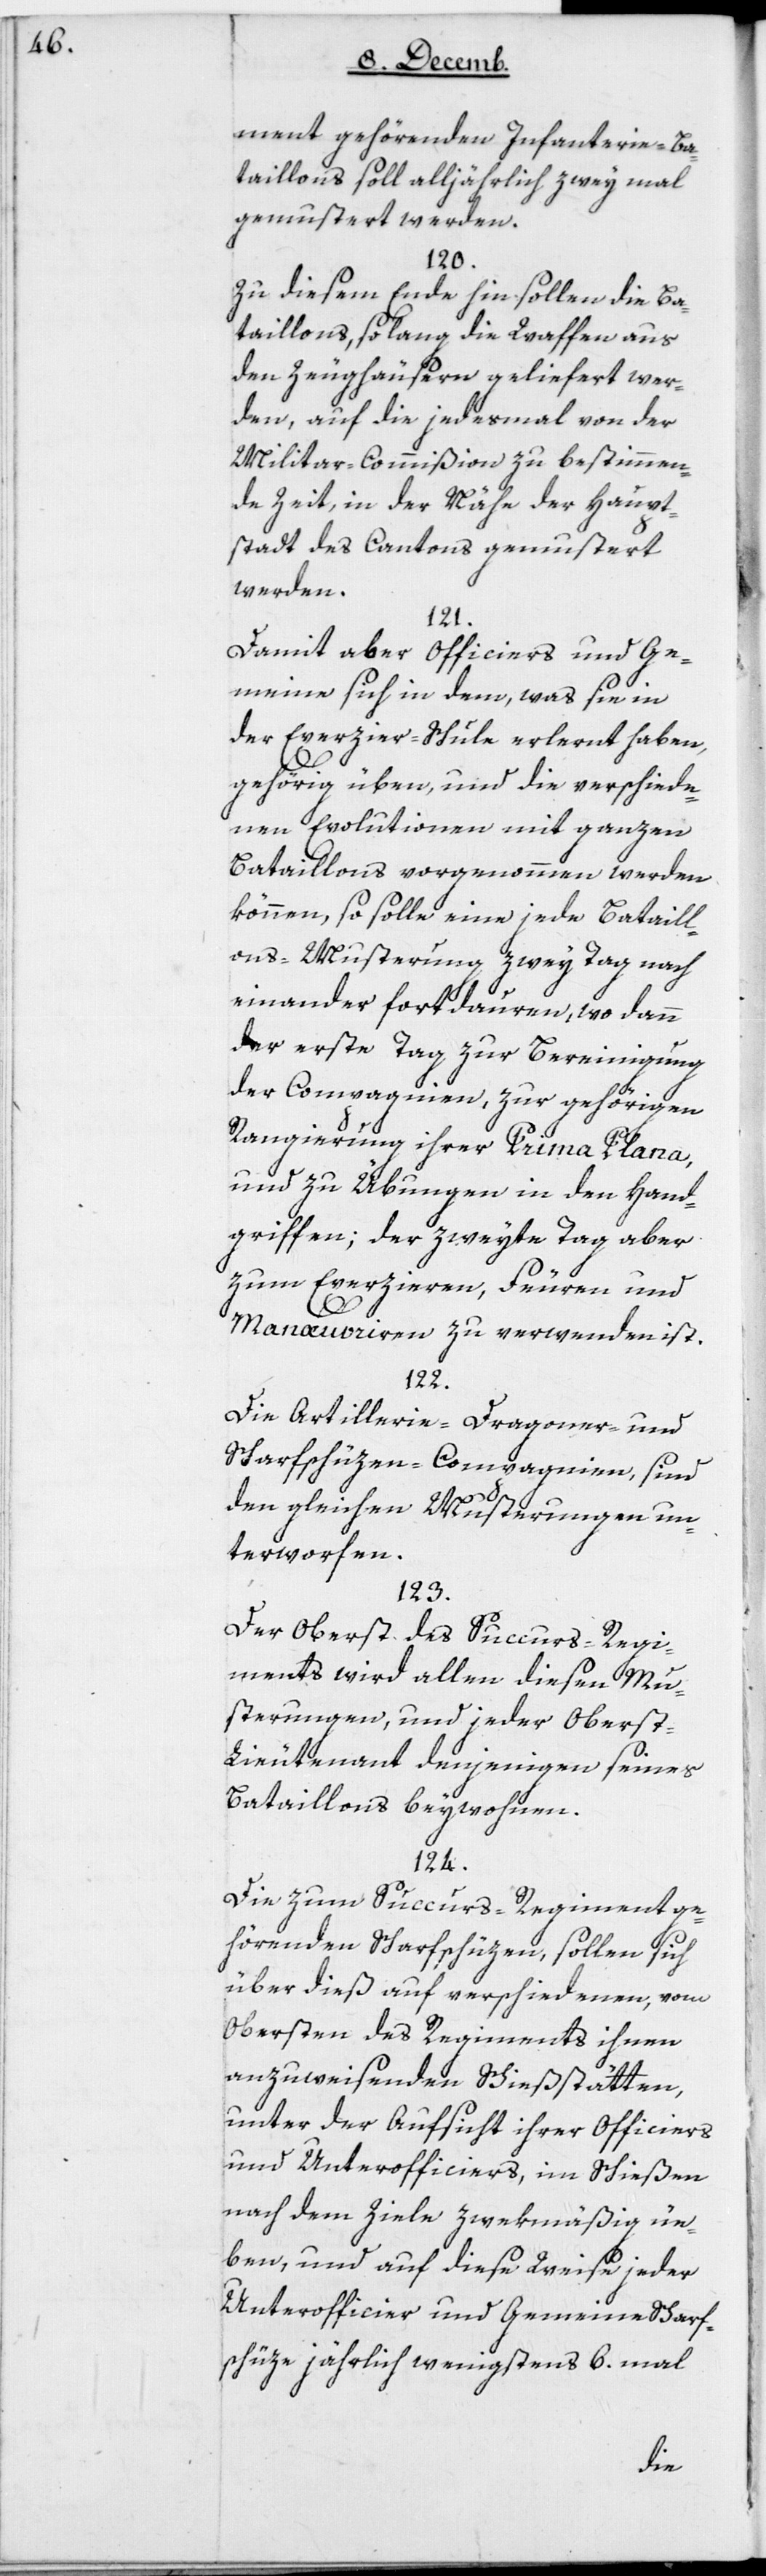
ment gehörenden Infanterie-Ba¬
taillons soll alljährlich zwey mal
gemustert werden.
120.
Zu diesem Ende hin sollen die Ba¬
taillons, so lange die Waffen aus
den Zeughäusern geliefert wer¬
den, auf die jedesmal von der
Militar-Commißion zu bestimmen¬
de Zeit, in der Nähe der Haupt¬
stadt des Cantons gemustert
werden.
121.
Damit aber Officiers und Ge¬
meine sich in dem, was sie in
der Exerzier-Schule erlernt haben,
gehörig üben, und die verschiede¬
nen Evolutionen mit ganzen
Bataillons vorgenommen werden
können, so solle eine jede Bataill¬
ons-Musterung zwey Tag nach
einander fortdauren, wo dann
der erste Tag zur Bereinigung
der Compagnien, zur gehörigen
Rangierung ihrer Prima Plana,
und zu Übungen in den Hand¬
griffen; der zweyte Tag aber
zum Exerzieren, Feuren und
Manœuvrieren zu verwenden ist.
122.
Die Artillerie-, Dragoner- und
Scharfschüzen-Compagnien sind
den gleichen Musterungen un¬
terworfen.
123.
Der Oberst des Succurs-Regi¬
ments wird allen diesen Mu¬
sterungen und jeder Oberst-L¬
ieutenant denjenigen seines
Bataillons beywohnen.
124.
Die zum Succurs-Regiment ge¬
hörenden Scharfschüzen, sollen sich
über dieß auf verschiedenen, vom
Obersten des Regiments ihnen
anzuweisenden Schießstätten,
unter der Aufsicht ihrer Officiers
und Unterofficiers, im Schießen
nach dem Ziele zwekmäßig ü¬
ben, und auf diese Weise jeder
Unterofficier und Gemeine Scharf¬
schüze jährlich wenigstens 6 mal